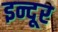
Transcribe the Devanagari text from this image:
इन्दूर